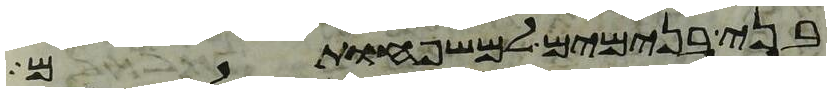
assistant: בני בנימים למשפחותם